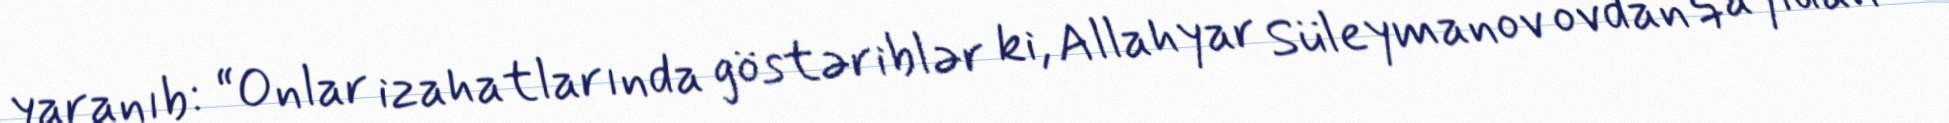
yaranıb: “Onlar izahatlarında göstəriblər ki, Allahyar Süleymanov ovdan qayıdan